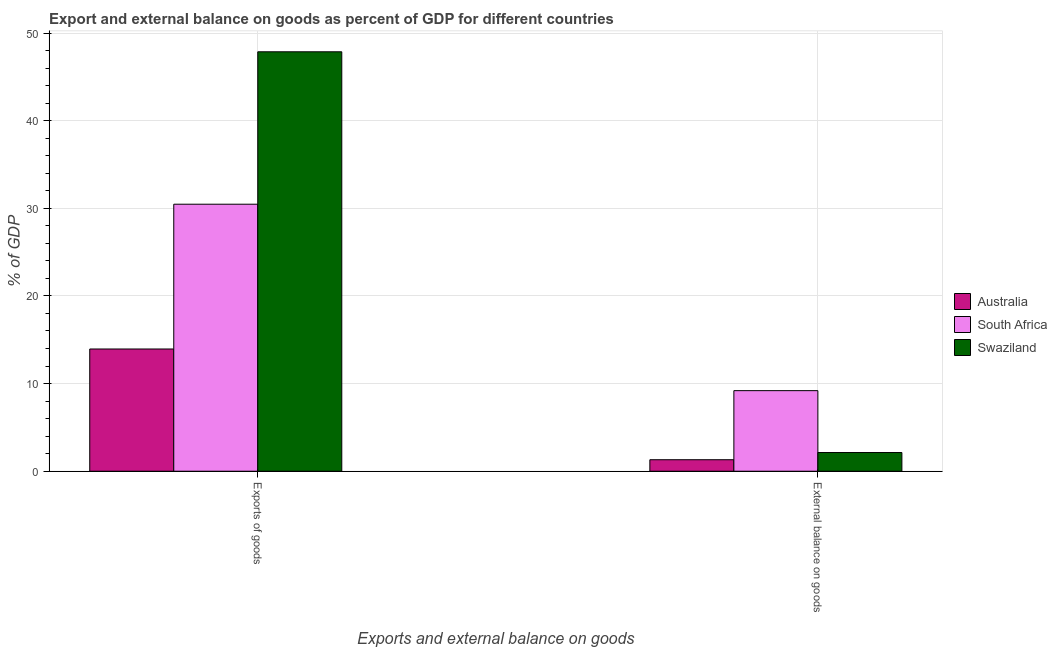
| Exports and external balance on goods | Australia | South Africa | Swaziland |
 | --- | --- | --- | --- |
 | Exports of goods | 13.9 | 30.5 | 47.9 |
 | External balance on goods | 1.31 | 9.19 | 2.13 |